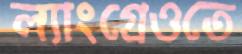
ল্যাংগ্রেওতে